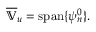
\overline { { \mathbb { V } } } _ { u } = \operatorname { s p a n } \{ \psi _ { n } ^ { 0 } \} .